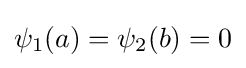
\psi _{1}(a)=\psi _{2}(b)=0